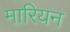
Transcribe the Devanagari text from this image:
मारियन